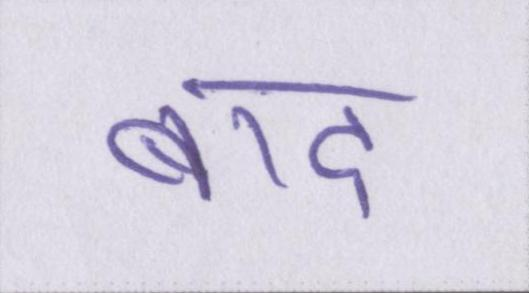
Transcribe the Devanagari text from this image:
बाद